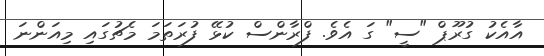
އާއެކު ގުރޫޕް "ސީ" ގަ އެވެ. ފްރާންސް ކުޅޭ ފުރަތަމަ މެޗުގައި މިއަންނަ